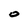
Character: 0